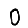
Digit: 0